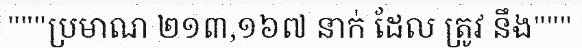
"""ប្រមាណ ២១៣,១៦៧ នាក់ ដែល ត្រូវ នឹង"""